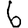
Digit: 6